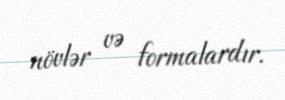
növlər və formalardır.